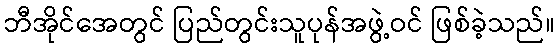
ဘီအိုင်အေတွင် ပြည်တွင်းသူပုန်အဖွဲ့ဝင် ဖြစ်ခဲ့သည်။